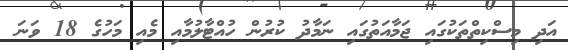
އަދި މިސްކިތްތަކުގައި ޖަމާއަތުގައި ނަމާދު ކުރުން ހުއްޓާލުމާއި މެއި މަހުގެ 18 ވަނަ